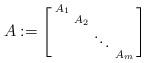
LaTeX: \begin{align*} A := \left[ \begin{smallmatrix} A_1 & & & \\ & A_2 & & \\ & & \ddots & \\ & & & A_m \end{smallmatrix} \right] \end{align*}